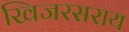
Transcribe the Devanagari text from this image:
खिजरसराय